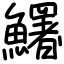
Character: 鱰